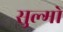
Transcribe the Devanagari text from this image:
सुल्मो